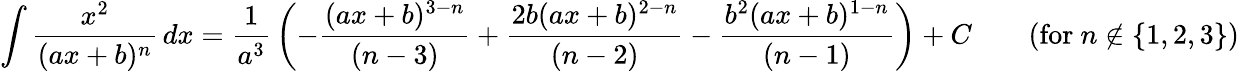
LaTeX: \int{\frac{x^{2}}{(ax+b)^{n}}}\, dx={\frac{1}{a^{3}}}\left(-{\frac{(ax+b)^{3-n}}{(n-3)}}+{\frac{2b(ax+b)^{2-n}}{(n-2)}}-{\frac{b^{2}(ax+b)^{1-n}}{(n-1)}}\right)+C\qquad{\mathrm{(for~}}n\not\in\{ 1,2,3\} {\mathrm{)}}